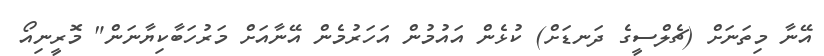
އޭނާ މިތަނަށް (ޗެލްސީގެ ދަނޑަށް) ކުޅެން އައުމުން އަހަރުމެން އޭނާއަށް މަރުހަބާކިޔާނަން" މޮރީނިއޯ